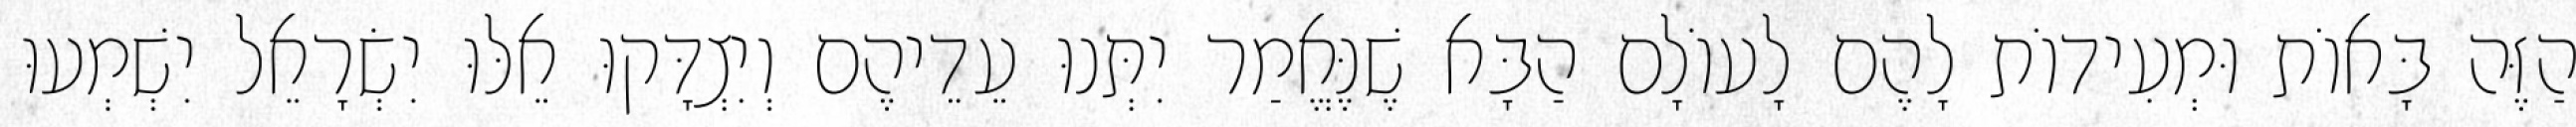
הַזֶּה בָּאוֹת וּמְעִידוֹת לָהֶם לָעוֹלָם הַבָּא שֶׁנֶּאֱמַר יִתְּנוּ עֵדֵיהֶם וְיִצְדָּקוּ אֵלּוּ יִשְׂרָאֵל יִשְׁמְעוּ